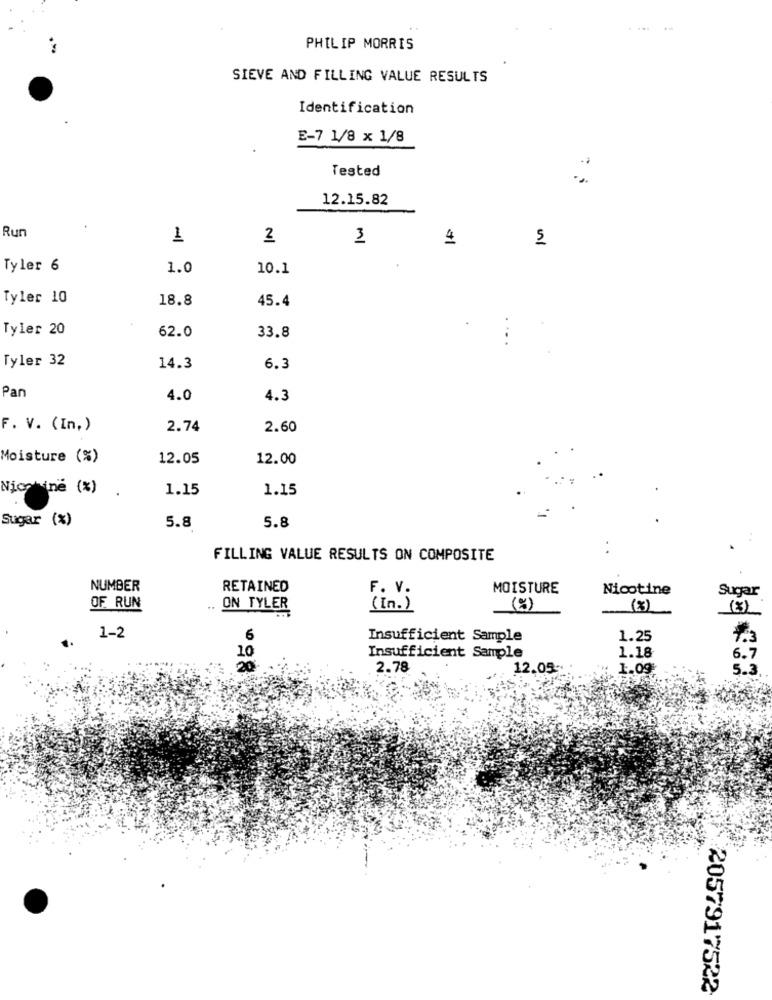
PHILIP MORRIS
SIEVE AND FILLING VALUE RESULTS
Identification
E-7 1/8 x 1/8
Tested
12.15.82
Run
1
2
MI
4
Tyler 6
1.0
10.1
Tyler 10
18.8
45.4
Tyler 20
62.0
33.8
Tyler 32
14.3
6.3
Pan
4.0
4.3
F. V. (In.)
2.74
2.60
Moisture (%)
12.05
12.00
Nicotine (%)
1.15
1.15
Sugar (%)
5.8
5.8
..
FILLING VALUE RESULTS ON COMPOSITE
NUMBER
RETAINED
MOISTURE
Nicotine
Sugar
F. V.
OF RUN
..
ON TYLER
( in. )
(%)
(3)
1-2
6
Insufficient Sample
1.25
10
1.18
6.7
Insufficient Sample
20
2.78
12.05 -*
1.09
5.3
2057917522